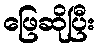
ဖြေဆိုပြီး